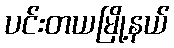
ပင်းတယမြို့နယ်